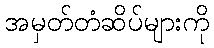
အမှတ်တံဆိပ်များကို